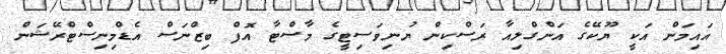
އައިމަން އަކީ ޔޫކޭގެ އަންގްލިއާ ރަސްކިން ޔުނިވަސިޓީގެ މާސްޓާ އޮފް ބިޒްނަސް އެޑްމިނިސްޓްރޭޝަން